Civil Veterinary Department Bihar & Orissa reports 1929-36 - 1929-1936
Year: 1929
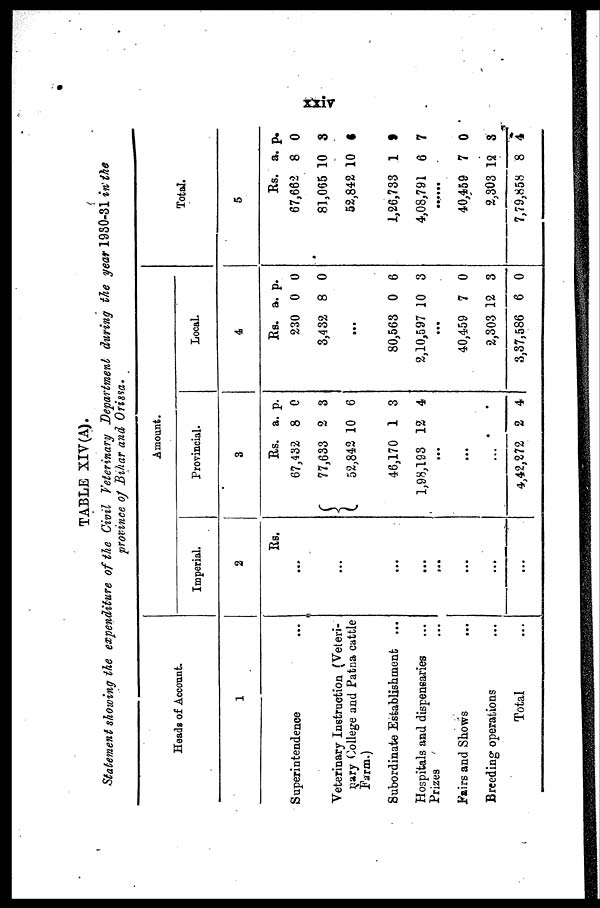
xxiv
TABLE XIV(A).
Statement showing the expenditure of the Civil Veterinary Department during the year 19S0-31 in the
province of Bihar and Orissa.
Heads of Account.
1
Superintendence ...
Veterinary Instruction (Veteri-
nary College and Patna cattle
Farm.)
Subordinate Establishment ...
Hospitals and dispensaries ...
Prizes ...
Fairs and Shows ...
Breeding operations ...
Total ...
Amount.
Imperial.
2
Rs.
...
...
...
...
...
...
...
...
Provincial.
3
Rs. a. p.
67,432 8 0
77,633 2 3
52,842 10 6
46,170 1 3
1,98,193 12 4
...
...
...
4,42,272 2 4
Local.
4
Rs. a. p.
230 0 0
3,432 8 0
...
80,563 0 6
2,10,597 10 3
...
40,459 7 0
2,303 12 3
3,37,586 6 0
Total.
5
Rs. a. p.
67,662 8 0
81,005 10 8
52,842 10 6
1,26,733 1 9
4,08,791 6 7
40,459 7 0
2,303 12 3
7,79,858 8 4